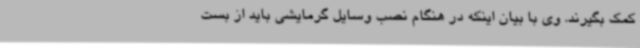
کمک بگیرند. وی با بیان اینکه در هنگام نصب وسایل گرمایشی باید از بست